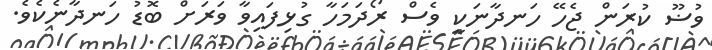
ވުޟޫ ކުރަން ޖެހޭ ހަނދާނަކީ ވެސް ރޯދަމަހާ ގުޅިފައިވާ ވަރަށް ބޮޑު ހަނދާނެކެވެ.